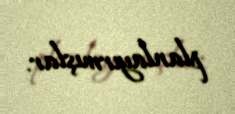
planlayırmışlar.